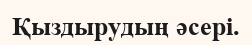
Қыздырудың әсері.